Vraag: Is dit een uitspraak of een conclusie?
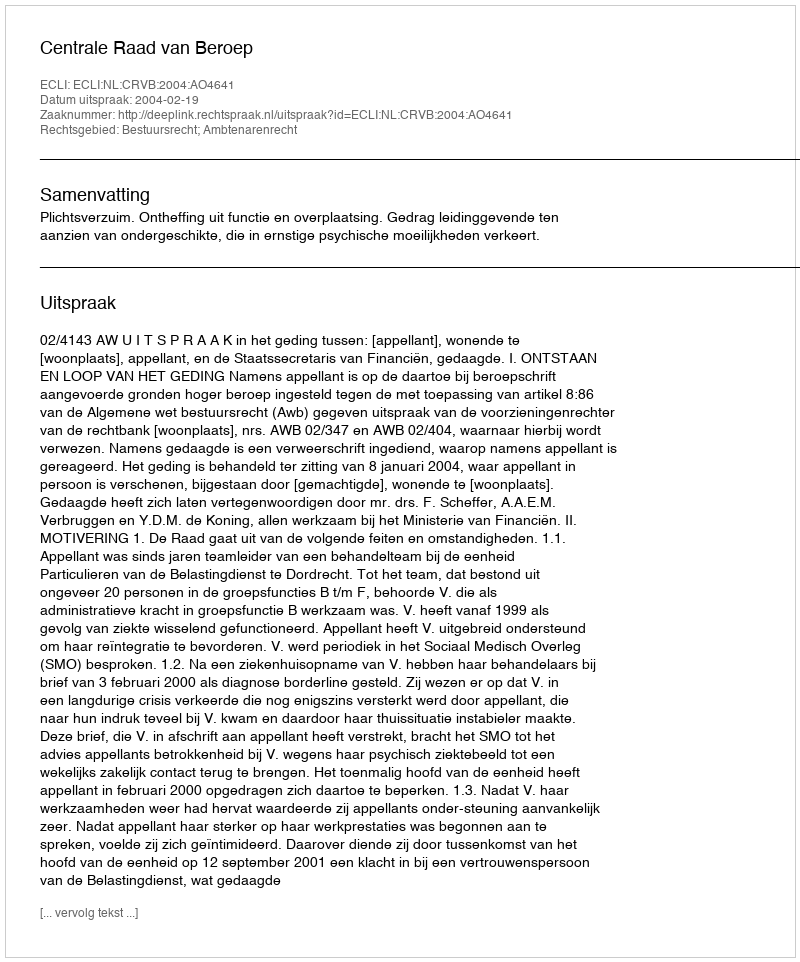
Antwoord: Uitspraak